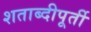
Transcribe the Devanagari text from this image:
शताब्दीपूर्ती